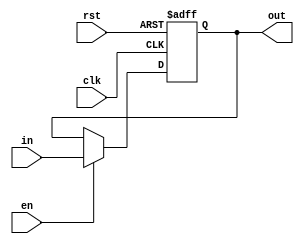
module Register11bit(in, en, rst, clk, out);
    parameter N = 11;

    input [N-1:0] in;
    input en, clk, rst;

    output reg [N-1:0] out;

    always @(posedge clk or posedge rst) begin
        if (rst)
            out <= {N{1'b0}};
        else if (en)
            out <= in;
    end

endmodule